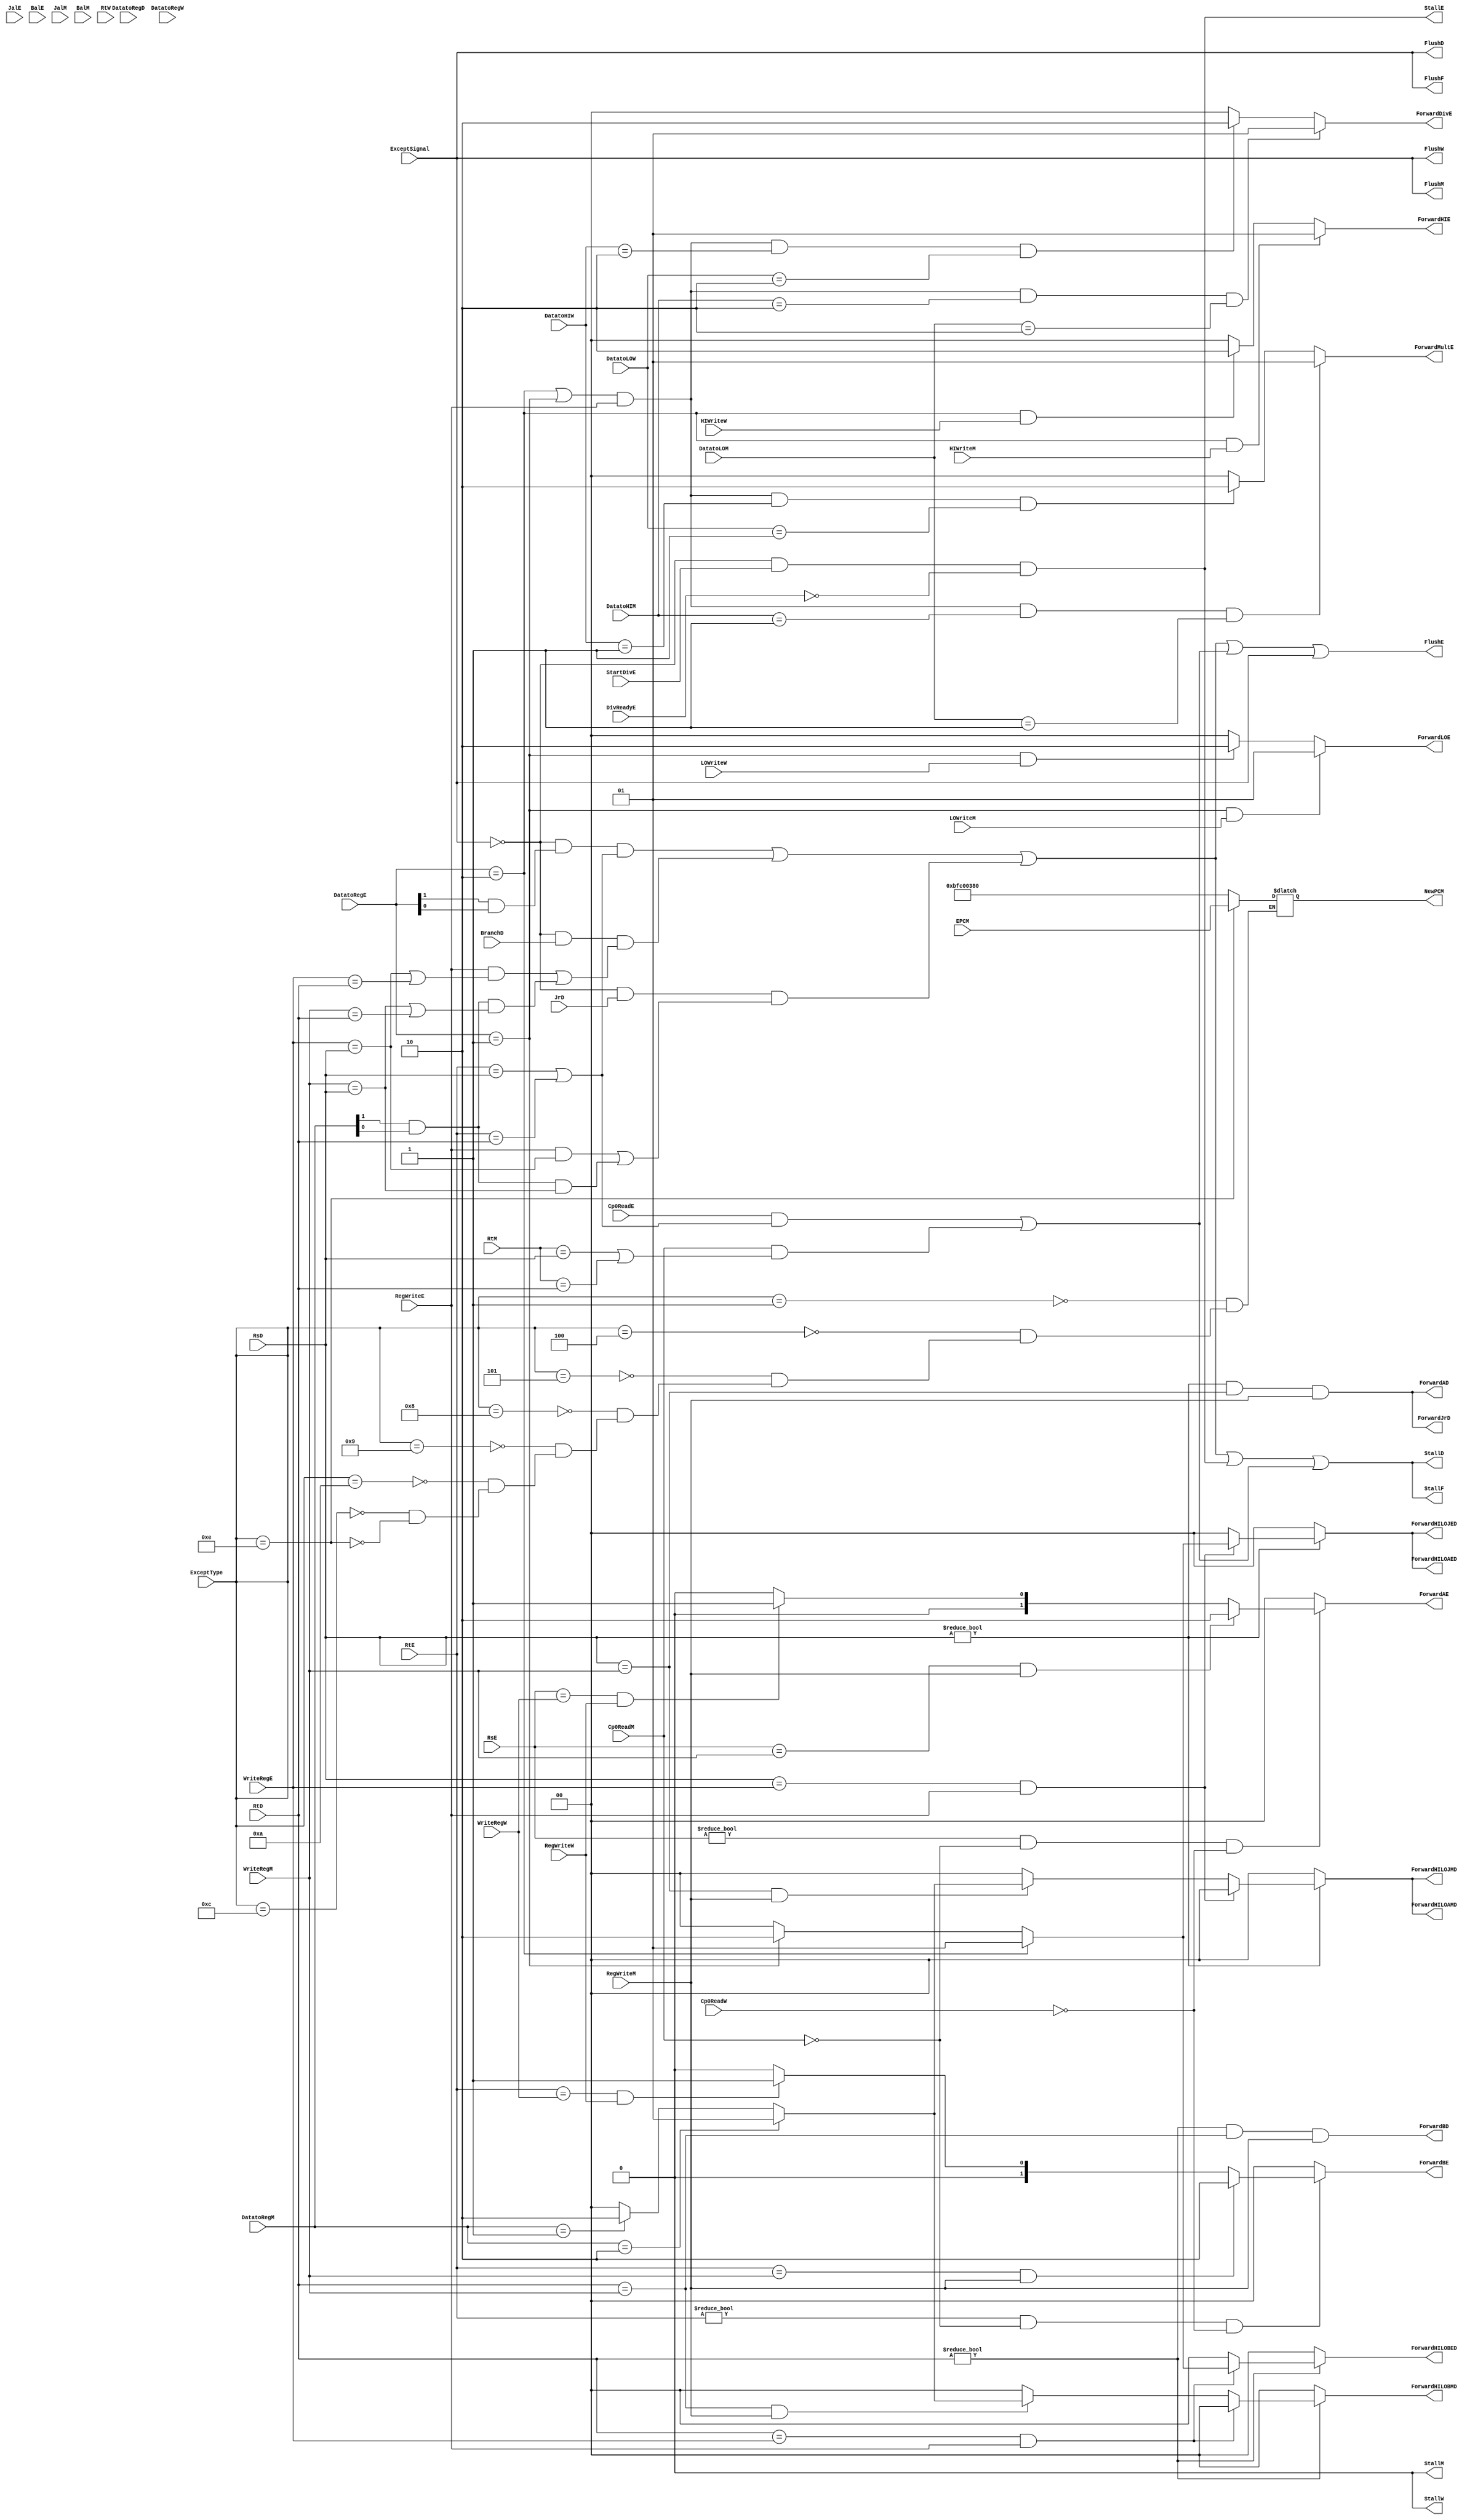
`timescale 1ns / 1ps
module hazard(
    //fetch stage
    output wire StallF, FlushF,

    //decode stage
    input wire [4:0] RsD, RtD,
    input wire BranchD,
    input wire [1:0] DatatoRegD,

    input wire JrD,

    output wire StallD, FlushD,
    output wire ForwardAD, ForwardBD, ForwardJrD,
    output reg  [1:0] ForwardHILOAED, ForwardHILOAMD,
    output reg  [1:0] ForwardHILOBED, ForwardHILOBMD,
    output reg  [1:0] ForwardHILOJED, ForwardHILOJMD,
    //output reg [1:0] ForwardALD,

    //excute stage
    input wire [4:0] RsE, RtE,
    input wire [4:0] WriteRegE,
    input wire [1:0] DatatoRegE,
    input wire RegWriteE,

    input wire JalE, BalE,

    input wire StartDivE,
    input wire DivReadyE,

    input wire Cp0ReadE,

    output wire FlushE, StallE,
    output reg [1:0] ForwardAE, ForwardBE,
    output reg [1:0] ForwardHIE, ForwardLOE,
    output reg [1:0] ForwardMultE, ForwardDivE,
    //------------------------

    //mem stage
    input wire [4:0] RtM,
    input wire [4:0] WriteRegM,
    input wire [1:0] DatatoRegM,
    input wire RegWriteM,
    input wire HIWriteM, LOWriteM,
    input wire [1:0] DatatoHIM, DatatoLOM,
    input wire JalM, BalM,
    input wire Cp0ReadM,
    output wire StallM,
    output wire FlushM,
    //exc
    input wire ExceptSignal,
    input wire [31:0] ExceptType,
    input wire [31:0] EPCM,
    output reg [31:0] NewPCM,
    //------------------------

    //writeback stage
    input wire [4:0] RtW,
    input wire [4:0] WriteRegW,
    input wire [1:0] DatatoRegW,
    input wire RegWriteW,
    //add movedata inst oprand
    input wire HIWriteW, LOWriteW,
    input wire [1:0] DatatoHIW, DatatoLOW,
    input wire Cp0ReadW,
    output wire StallW, FlushW
    //------------------------
);

wire LwStallD, BranchStallD, JumpStallD, DivStall, Cp0StallD;
wire MemtoRegD, MemtoRegE, MemtoRegM, MemtoRegW;

//decode stage forwarding
assign ForwardAD  = (RsD != 0 & RsD == WriteRegM & RegWriteM);
assign ForwardBD  = (RtD != 0 & RtD == WriteRegM & RegWriteM);
assign ForwardJrD = (RsD != 0 & RsD == WriteRegM & RegWriteM);

//excute stage forwarding
always @(*) begin
    ForwardAE = 2'b00;
    ForwardBE = 2'b00;

    ForwardHIE = 2'b00; 
    ForwardLOE = 2'b00;

    ForwardMultE = 2'b00; 
    ForwardDivE  = 2'b00;
    
    ForwardHILOAED = 2'b00;
    ForwardHILOAMD = 2'b00;

    ForwardHILOBED = 2'b00;
    ForwardHILOBMD = 2'b00;

    ForwardHILOJED = 2'b00;
    ForwardHILOJMD = 2'b00;


    if(RsE != 0 & ~Cp0ReadM & ~Cp0ReadW) begin
        if(RsE == WriteRegM & RegWriteM)begin
            ForwardAE = 2'b10;
        end
        else if(RsE == WriteRegW & RegWriteW)begin
            ForwardAE = 2'b01;
        end
    end
    if(RtE != 0 & ~Cp0ReadM & ~Cp0ReadW) begin
        if(RtE == WriteRegM & RegWriteM)begin
            ForwardBE = 2'b10;
        end
        else if(RtE == WriteRegW & RegWriteW)begin
            ForwardBE = 2'b01;
        end
    end
    //add datamove inst oprand
    //forwarding HI
    if(DatatoRegE == 2'b10 & HIWriteM == 1'b1)begin
        ForwardHIE = 2'b01;
    end
    else if(DatatoRegE == 2'b10 & HIWriteW == 1'b1)begin
        ForwardHIE = 2'b10;
    end
    //forwarding LO
    if(DatatoRegE == 2'b01 & LOWriteM == 1'b1)begin
        ForwardLOE = 2'b01;
    end
    else if(DatatoRegE == 2'b01 & LOWriteW == 1'b1)begin
        ForwardLOE = 2'b10;
    end
    //forwarding mult div result
    //mult
    if( (DatatoRegE == 2'b10 | DatatoRegE == 2'b01) & 
            RegWriteE == 1'b1 & DatatoHIM == 2'b01  &
            DatatoLOM == 2'b01)begin
        ForwardMultE = 2'b01;
    end
    else if((DatatoRegE == 2'b10 | DatatoRegE == 2'b01) & 
                RegWriteE == 1'b1 & DatatoHIW == 2'b01  & 
                DatatoLOW == 2'b01)begin
        ForwardMultE = 2'b10;
    end
    //div
    if( (DatatoRegE == 2'b10 | DatatoRegE == 2'b01) & 
            RegWriteE == 1'b1 & DatatoHIM == 2'b10  &
            DatatoLOM == 2'b10)begin
        ForwardDivE = 2'b01;
    end
    else if((DatatoRegE == 2'b10 | DatatoRegE == 2'b01) & 
                RegWriteE == 1'b1 & DatatoHIW == 2'b10  &
                DatatoLOW == 2'b10)begin
        ForwardDivE = 2'b10;
    end
    //forwarding hilo to branch or jump
    if(RsD != 0) begin
        //e stage
        if(RsD == WriteRegE & RegWriteE)begin
            //read hi
            if(DatatoRegE == 2'b10)begin
                ForwardHILOAED = 2'b01;
                ForwardHILOJED = 2'b01;
            end
            //read lo
            else if(DatatoRegE == 2'b01)begin
                ForwardHILOAED = 2'b10;
                ForwardHILOJED = 2'b10;
            end
        end 
        //m stage
        else if(RsD == WriteRegM & RegWriteM)begin
            //read hi
            if(DatatoRegM == 2'b10)begin
                ForwardHILOAMD = 2'b01;
                ForwardHILOJMD = 2'b01;
            end
            //read lo
            else if(DatatoRegM == 2'b01)begin
                ForwardHILOAMD = 2'b10;
                ForwardHILOJMD = 2'b10;
            end
        end
    end
    if(RtD != 0) begin
        //e stage
        if(RtD == WriteRegE & RegWriteE)begin
            //read hi
            if(DatatoRegE == 2'b10)begin
                ForwardHILOBED = 2'b01;
            end
            //read lo
            else if(DatatoRegE == 2'b01)begin
                ForwardHILOBED = 2'b10;
            end
        end 
        //m stage
        else if(RtD == WriteRegM & RegWriteM)begin
            //raed hi
            if(DatatoRegM == 2'b10)begin
                ForwardHILOBMD = 2'b01;
            end
            //raed lo
            else if(DatatoRegM == 2'b01)begin
                ForwardHILOBMD = 2'b10;
            end
        end
    end
    //------------------------
    //forwarding AL
    // if(JrD == 1'b1 & JalE | BalE == 1'b1) begin
    //     ForwardALD = 2'b01;
    // end
    // else if(JrD == 1'b1 & JalM | BalM == 1'b1) begin
    //     ForwardALD = 2'b10;
    // end
end

assign MemtoRegD = DatatoRegD[1:1] & DatatoRegD[0:0];
assign MemtoRegE = DatatoRegE[1:1] & DatatoRegE[0:0];
assign MemtoRegM = DatatoRegM[1:1] & DatatoRegM[0:0];
assign MemtoRegW = DatatoRegW[1:1] & DatatoRegW[0:0];

//stalls
assign LwStallD  = ~ExceptSignal & MemtoRegE & (RtE == RsD | RtE == RtD);
assign Cp0StallD = ((Cp0ReadE  & (RtE == RsD | RtE == RtD)) |
                    (Cp0ReadM  & (RtM == RsD | RtM == RtD)));

assign BranchStallD = ~ExceptSignal & BranchD & 
        (RegWriteE & (WriteRegE == RsD | WriteRegE == RtD) |
         MemtoRegM & (WriteRegM == RsD | WriteRegM == RtD));

assign JumpStallD = ~ExceptSignal & JrD & (RegWriteE & WriteRegE == RsD |
                            MemtoRegM & WriteRegM == RsD);

assign DivStall = ~ExceptSignal & StartDivE & ~DivReadyE;

assign StallD = LwStallD | BranchStallD | JumpStallD | DivStall | Cp0StallD;
assign StallF = StallD;
assign StallE = DivStall;
assign StallM = 1'b0;
assign StallW = 1'b0;

assign FlushF = ExceptSignal;
assign FlushD = ExceptSignal;
assign FlushE = LwStallD | BranchStallD | JumpStallD | Cp0StallD | ExceptSignal;
assign FlushM = ExceptSignal;
assign FlushW = ExceptSignal;

//EPC
always @(*) begin
    case(ExceptType)
        32'h00000001: NewPCM <= 32'hbfc00380;
        32'h00000004: NewPCM <= 32'hbfc00380;
        32'h00000005: NewPCM <= 32'hbfc00380;
        32'h00000008: NewPCM <= 32'hbfc00380;
        32'h00000009: NewPCM <= 32'hbfc00380;
        32'h0000000a: NewPCM <= 32'hbfc00380;
        32'h0000000c: NewPCM <= 32'hbfc00380;
        32'h0000000e: NewPCM <= EPCM;
        default:;
    endcase
end
endmodule